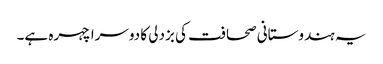
یہ ہندوستانی صحافت کی بزدلی کا دوسرا چہرہ ہے۔